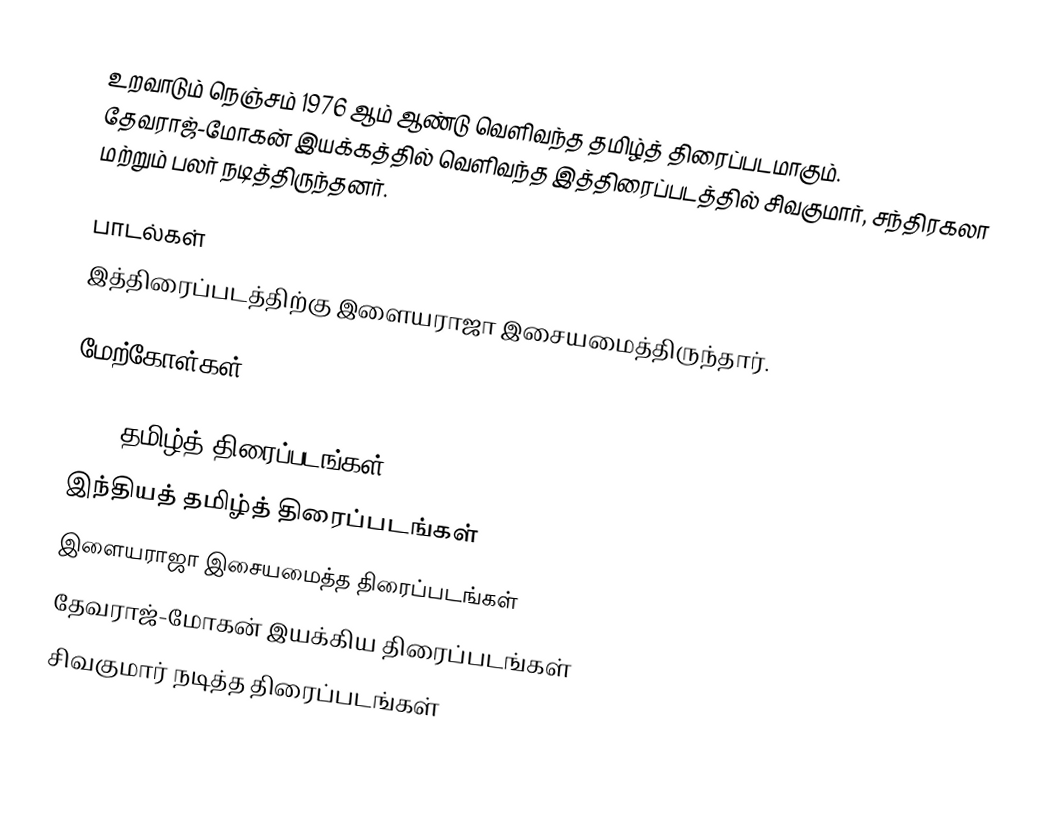
உறவாடும் நெஞ்சம் 1976 ஆம் ஆண்டு வெளிவந்த தமிழ்த் திரைப்படமாகும். தேவராஜ்-மோகன் இயக்கத்தில் வெளிவந்த இத்திரைப்படத்தில் சிவகுமார், சந்திரகலா மற்றும் பலர் நடித்திருந்தனர்.

பாடல்கள்
இத்திரைப்படத்திற்கு இளையராஜா இசையமைத்திருந்தார்.

மேற்கோள்கள்

1976 தமிழ்த் திரைப்படங்கள்
இந்தியத் தமிழ்த் திரைப்படங்கள்
இளையராஜா இசையமைத்த திரைப்படங்கள்
தேவராஜ்-மோகன் இயக்கிய திரைப்படங்கள்
சிவகுமார் நடித்த திரைப்படங்கள்